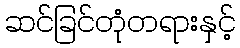
ဆင်ခြင်တုံတရားနှင့်